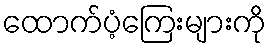
ထောက်ပံ့ကြေးများကို